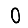
Digit: 0